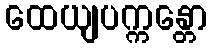
ထေယျပက္ကန္တော